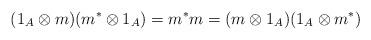
LaTeX: \begin{align*} (1_A \otimes m)(m^* \otimes 1_A) = m^*m = (m \otimes 1_A)(1_A \otimes m^*)\end{align*}